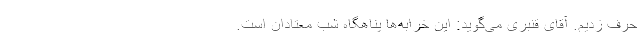
حرف زدیم. آقای قنبری می‌گوید: این خرابه‌ها پناهگاه شب‌ معتادان است.